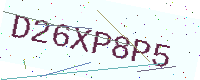
Text: D26XP8P5